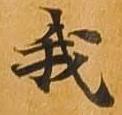
我